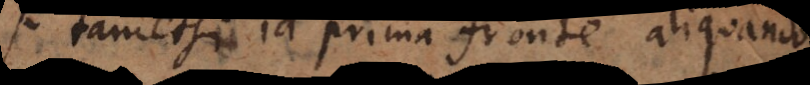
tametsi id prima fronte aliquando